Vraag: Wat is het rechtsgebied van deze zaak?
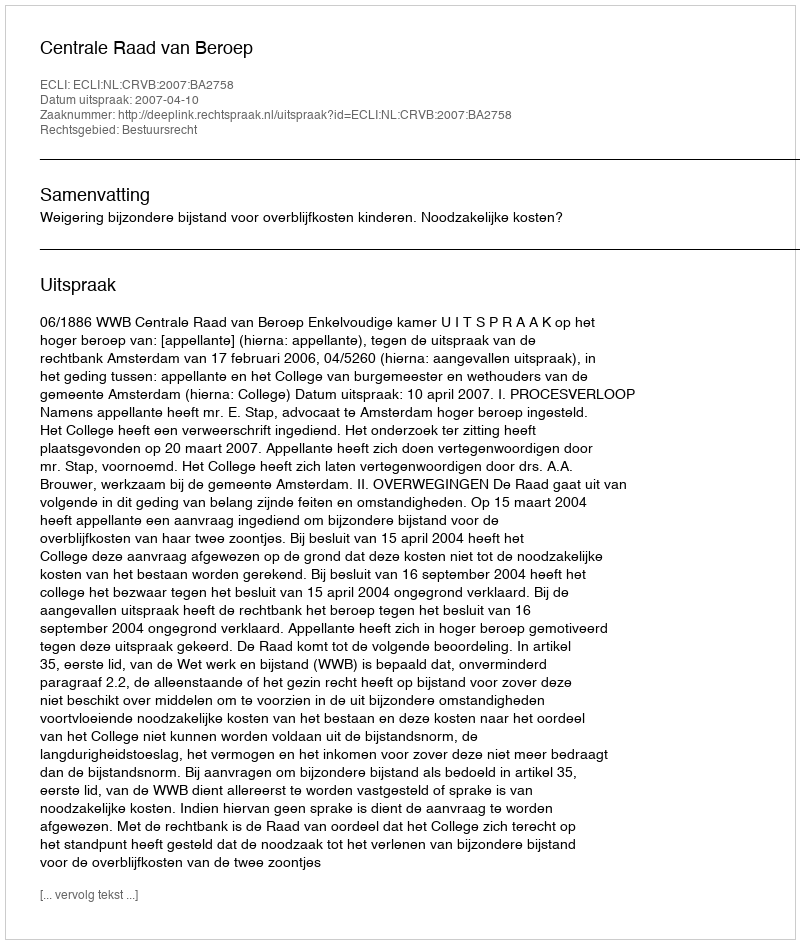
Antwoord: Bestuursrecht